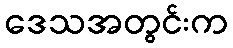
ဒေသအတွင်းက